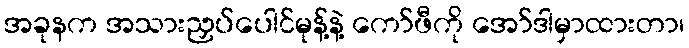
အခုနက အသားညှပ်ပေါင်မုန့်နဲ့ ကော်ဖီကို အော်ဒါမှာထားတာ၊